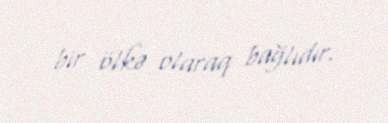
bir ölkə olaraq bağlıdır.